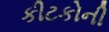
કીટકોની